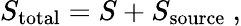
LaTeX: S_{\mathrm{total}}=S+S_{\mathrm{source}}~,